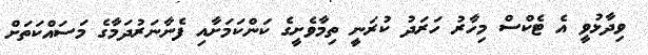
ވިދާޅުވީ އެ ޓެކްސް މިހާރު ހަރަދު ކުރަނީ ތިމާވެށީގެ ކަންކަމަށާއި ފެނާނަރުދަމާގެ މަސައްކަތަށް